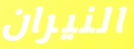
النيران